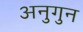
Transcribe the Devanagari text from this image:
अनुगुन